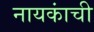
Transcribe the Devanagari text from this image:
नायकांची